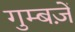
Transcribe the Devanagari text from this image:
गुम्बज़ें